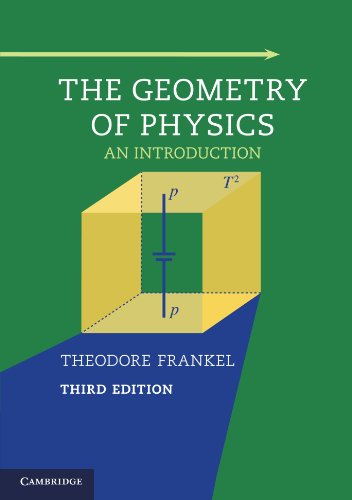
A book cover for The Geometry of Physics: An Introduction; Theodore Frankel; Science & Math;